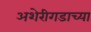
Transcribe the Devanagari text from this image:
अशेरीगडाच्या